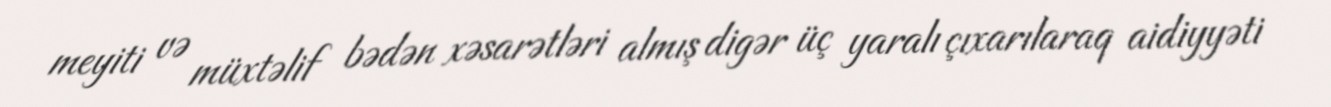
meyiti və müxtəlif bədən xəsarətləri almış digər üç yaralı çıxarılaraq aidiyyəti